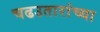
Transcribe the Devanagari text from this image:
चढउतारांच्या